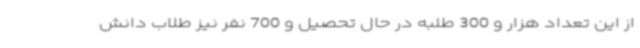
از این تعداد هزار و 300 طلبه در حال تحصیل و 700 نفر نیز طلاب دانش